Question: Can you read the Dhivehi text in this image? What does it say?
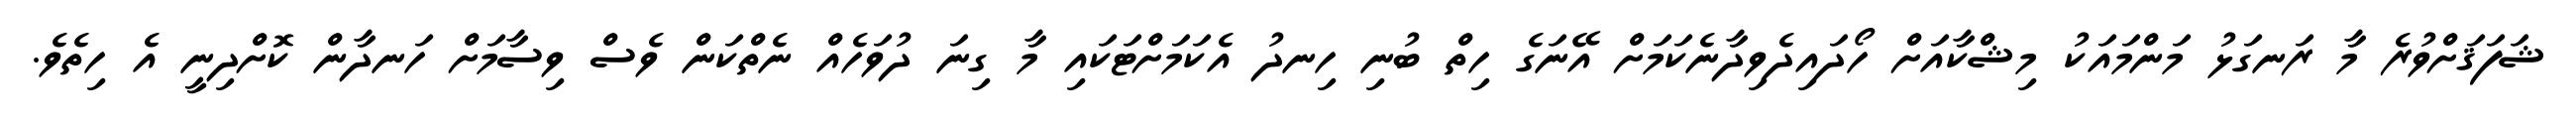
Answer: ޝަފަޤަށްވުރެ މާ ރަނގަޅު މަންމައަކު މިޝްކާއަށް ހޯދައިދެވިދާނެކަމަށް އޭނަގެ ހިތް ބުނި ހިނދު އެކަމަށްޓަކައި މާ ގިނަ ދުވަހެއް ނެތްކަން ވެސް ވިސާމަށް ހަނދާން ކޮށްދިނީ އެ ހިތެވެ.